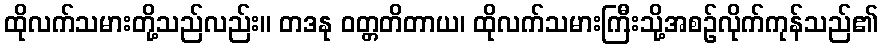
ထိုလက်သမားတို့သည်လည်း။ တဒနု ဝတ္တတိတာယ၊ ထိုလက်သမားကြီးသို့အစဉ်လိုက်ကုန်သည်၏